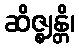
ဆိဇ္ဈန္တိ၊